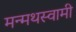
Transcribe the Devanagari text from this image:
मन्मथस्वामी